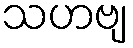
သဟဗျ